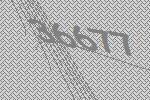
36677